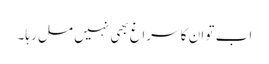
اب تو ان کا سراغ بھی نہیں مل رہا۔